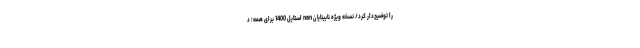
را توضیح‌دار کرد/ نسخه ویژه نابینایان nan استایل 1400 برای همه؛ د